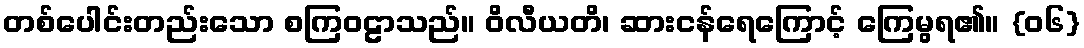
တစ်ပေါင်းတည်းသော စကြဝဠာသည်။ ဝိလီယတိ၊ ဆားငန်ရေကြောင့် ကြေမွရ၏။ {၀၆}